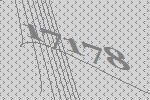
17178